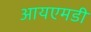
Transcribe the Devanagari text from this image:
आयएमडी